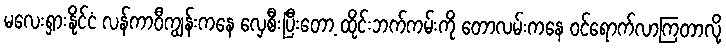
မလေးရှားနိုင်ငံ လန်ကာဝီကျွန်းကနေ လှေစီးပြီးတော့ ထိုင်းဘက်ကမ်းကို တောလမ်းကနေ ဝင်ရောက်လာကြတာလို့